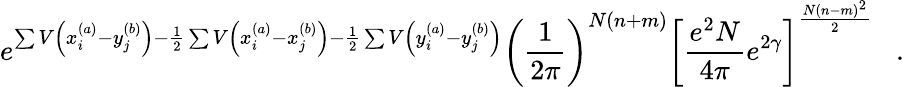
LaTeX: e^{\sum V\left(x_{i}^{(a)}-y_{j}^{(b)}\right)-\frac{1}{2}\sum V\left(x_{i}^{(a)}-x_{j}^{(b)}\right)-\frac{1}{2}\sum V\left(y_{i}^{(a)}-y_{j}^{(b)}\right)}\left(\frac{1}{2\pi}\right)^{N(n+m)}\left[\frac{e^{2}N}{4\pi}e^{2\gamma}\right]^{\frac{N(n-m)^{2}}{2}}\; \; \; .